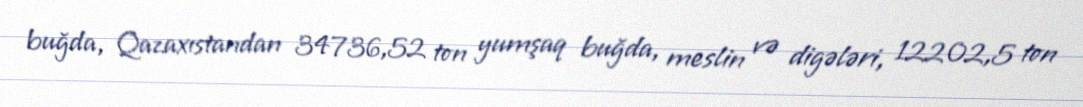
buğda, Qazaxıstandan 34736,52 ton yumşaq buğda, meslin və digələri, 12202,5 ton